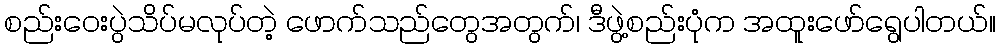
စည်းဝေးပွဲသိပ်မလုပ်တဲ့ ဖောက်သည်တွေအတွက်၊ ဒီဖွဲ့စည်းပုံက အထူးဖော်ရွေပါတယ်။